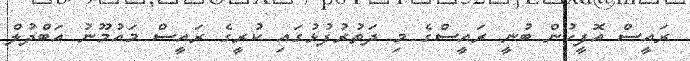
ރައީސް އޮފީހުން ބުނީ ރައީސްގެ މި ދަތުރުފުޅުގައި ކުރީގެ ރައީސް މައުމޫނު އަބްދުލް